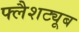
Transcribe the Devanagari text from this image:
फ्लैशट्यूब